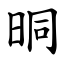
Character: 晍